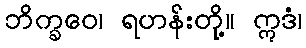
ဘိက္ခဝေ၊ ရဟန်းတို့။ ဣဒံ၊